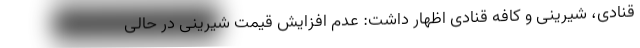
قنادی، شیرینی و کافه قنادی اظهار داشت: عدم افزایش قیمت شیرینی در حالی